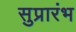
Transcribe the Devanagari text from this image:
सुप्रारंभ